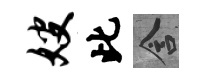
嫂此含